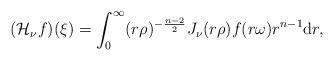
LaTeX: \begin{align*}(\mathcal{H}_{\nu}f)(\xi)=\int_0^\infty(r\rho)^{-\frac{n-2}2}J_{\nu}(r\rho)f(r\omega)r^{n-1}\mathrm{d}r,\end{align*}